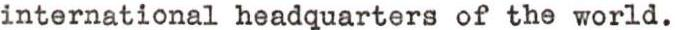
international headquarters of the world.